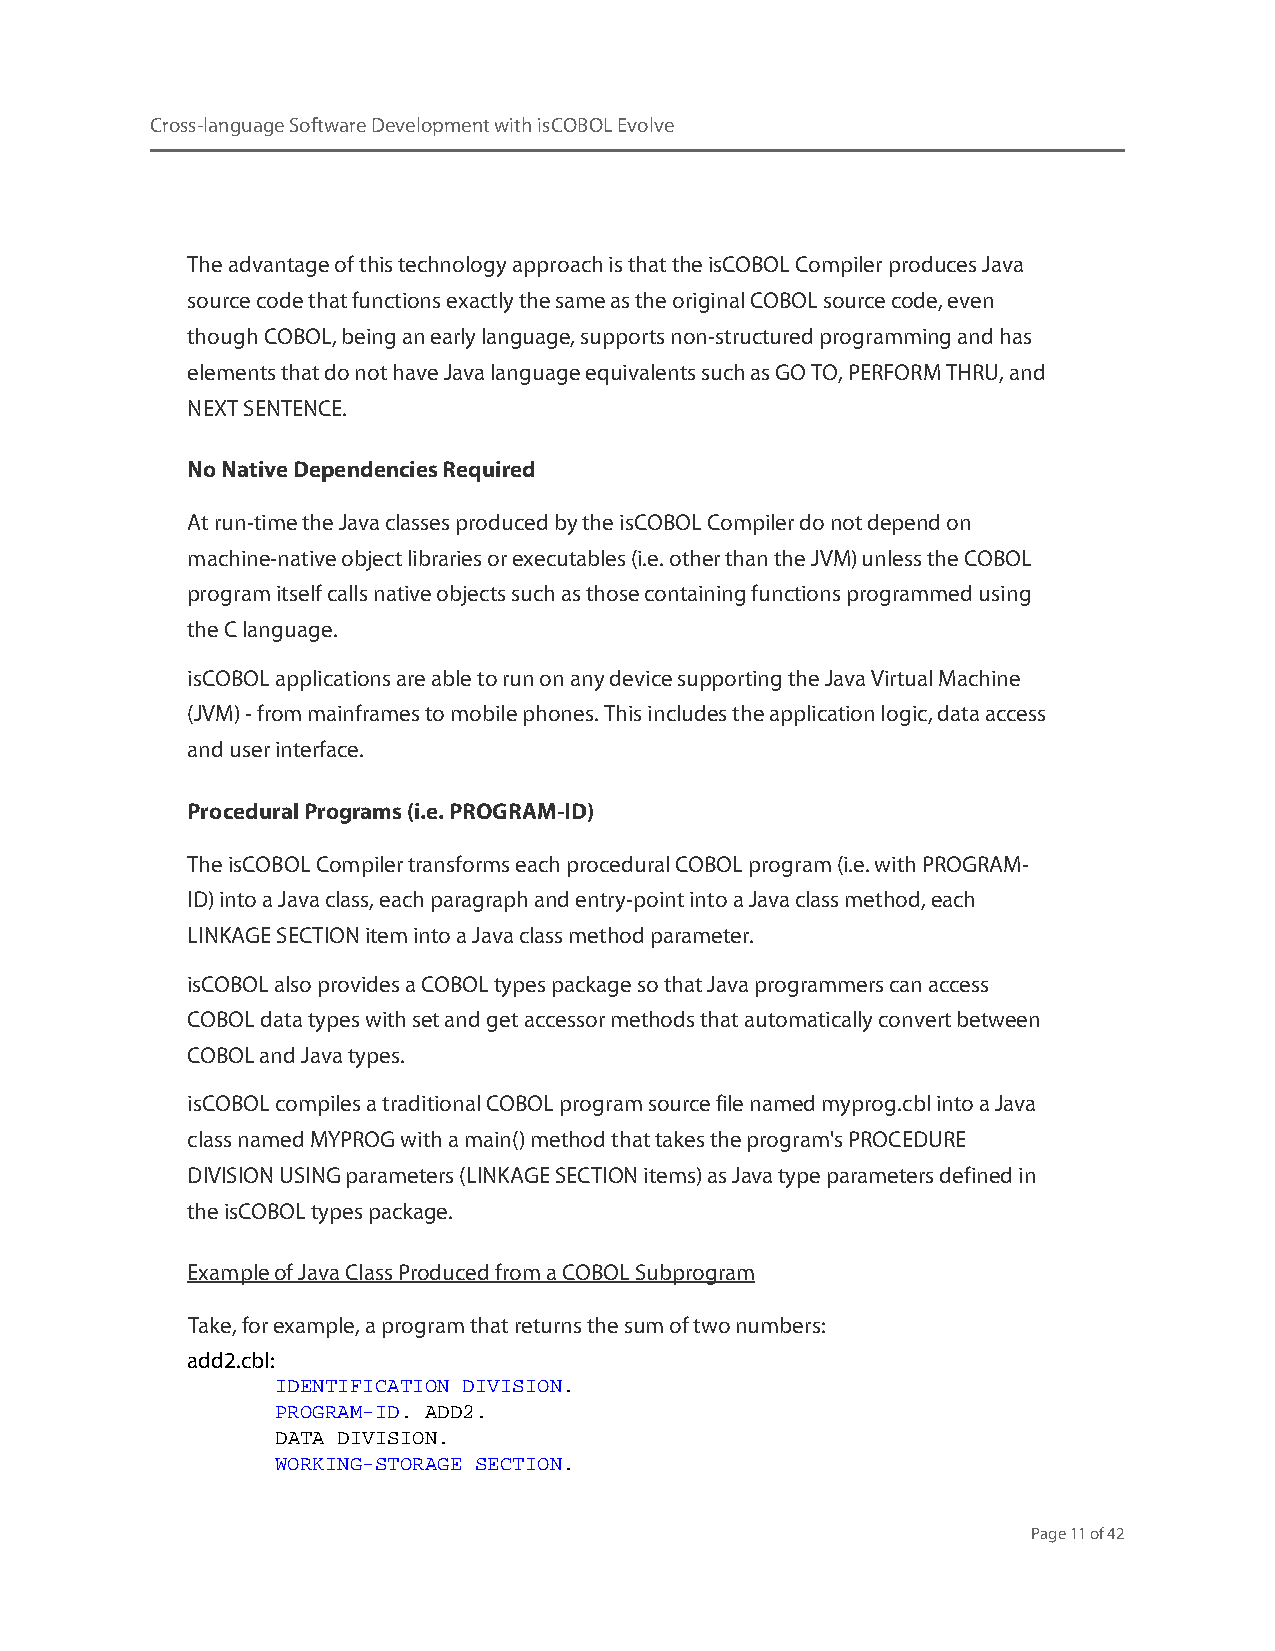
Cross-language Software Development with isCOBOL Evolve
 The advantage of this technology approach is that the isCOBOL Compiler produces Java
 source code that functions exactly the same as the original COBOL source code, even
 though COBOL, being an early language, supports non-structured programming and has
 elements that do not have Java language equivalents such as GO TO, PERFORM THRU, and
 NEXT SENTENCE.
 No Native Dependencies Required
 At run-time the Java classes produced by the isCOBOL Compiler do not depend on
 machine-native object libraries or executables (i.e. other than the JVM) unless the COBOL
 program itself calls native objects such as those containing functions programmed using
 the C language.
 isCOBOL applications are able to run on any device supporting the Java Virtual Machine
 (JVM) - from mainframes to mobile phones. This includes the application logic, data access
 and user interface.
 Procedural Programs (i.e. PROGRAM-ID)
 The isCOBOL Compiler transforms each procedural COBOL program (i.e. with PROGRAM-
 ID) into a Java class, each paragraph and entry-point into a Java class method, each
 LINKAGE SECTION item into a Java class method parameter.
 isCOBOL also provides a COBOL types package so that Java programmers can access
 COBOL data types with set and get accessor methods that automatically convert between
 COBOL and Java types.
 isCOBOL compiles a traditional COBOL program source file named myprog.cbl into a Java
 class named MYPROG with a main() method that takes the program's PROCEDURE
 DIVISION USING parameters (LINKAGE SECTION items) as Java type parameters defined in
 the isCOBOL types package.
 Example of Java Class Produced from a COBOL Subprogram
 Take, for example, a program that returns the sum of two numbers:
 add2.cbl:
 IDENTIFICATION DIVISION.
 PROGRAM-ID. ADD2.
 DATA DIVISION.
 WORKING-STORAGE SECTION.
 Page 11 of 42